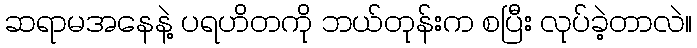
ဆရာမအနေနဲ့ ပရဟိတကို ဘယ်တုန်းက စပြီး လုပ်ခဲ့တာလဲ။